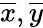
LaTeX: \overline{{x}},\overline{{y}}